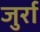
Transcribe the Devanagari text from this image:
जुर्रा